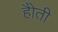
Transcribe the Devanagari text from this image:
हैोती